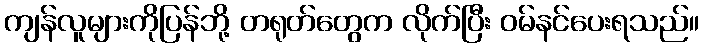
ကျန်လူများကိုပြန်ဘို့ တရုတ်တွေက လိုက်ပြီး ဝမ်နင်ပေးရသည်။